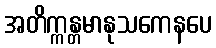
အတိက္ကန္တမာနုသကေနပေ